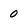
Character: 0